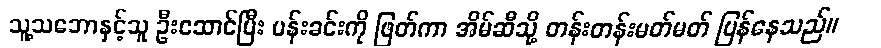
သူ့သဘောနှင့်သူ ဦးဆောင်ပြီး ပန်းခင်းကို ဖြတ်ကာ အိမ်ဆီသို့ တန်းတန်းမတ်မတ် ပြန်နေသည်။